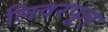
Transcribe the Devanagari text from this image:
लिवरपूल्